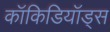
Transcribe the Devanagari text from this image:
कॉकिडियॉड्स